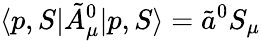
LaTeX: \langle p,S|\tilde{A}_{\mu}^{0}|p,S\rangle=\tilde{a}^{0}S_{\mu}